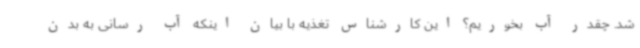
شد. چقدر آب بخوریم؟ این کارشناس تغذیه با بیان اینکه آب رسانی به بدن